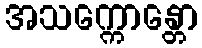
အသက္ကောန္တော